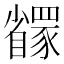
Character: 𬥇